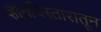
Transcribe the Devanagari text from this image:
ज्ञानविस्तारातून